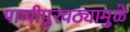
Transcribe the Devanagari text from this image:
पाणीपुरवठ्यामुळे